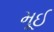
મૂઈ